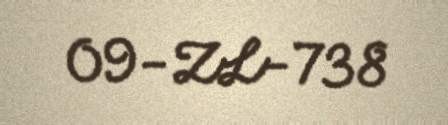
09-ZL-738